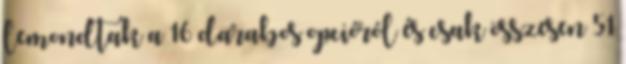
lemondtak a 16 darabos opcióról és csak összesen 51